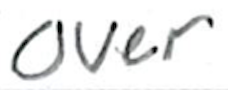
Text: over
Cross-out: clean
Writing tool: ballpoint